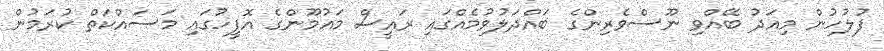
ފުލުހުން މިއަދު ބޭއްވި ނޫސްވެރިންގެ ބައްދަލުވުމެއްގައި ރައީސް މައުމޫންގެ އޮފީހުގައި މަސައްކަތް ކުރަމުން